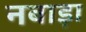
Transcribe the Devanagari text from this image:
नबाड़ा